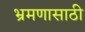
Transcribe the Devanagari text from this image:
भ्रमणासाठी